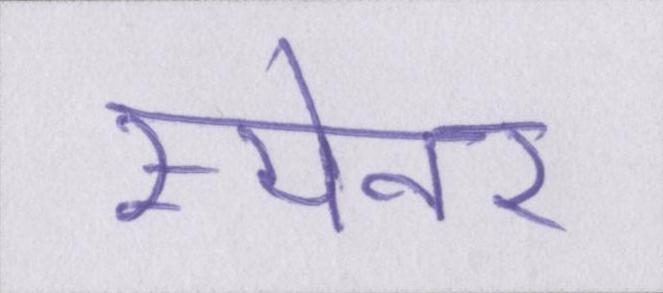
स्पैनर